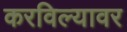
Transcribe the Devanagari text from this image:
करविल्यावर